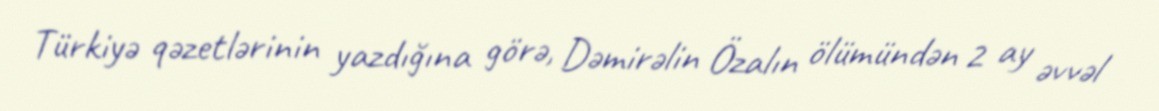
Türkiyə qəzetlərinin yazdığına görə, Dəmirəlin Özalın ölümündən 2 ay əvvəl